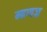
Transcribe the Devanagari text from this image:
म्हणज्र